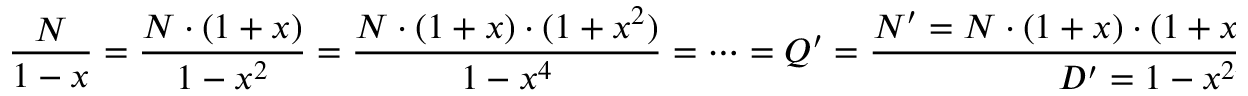
{ \frac { N } { 1 - x } } = { \frac { N \cdot ( 1 + x ) } { 1 - x ^ { 2 } } } = { \frac { N \cdot ( 1 + x ) \cdot ( 1 + x ^ { 2 } ) } { 1 - x ^ { 4 } } } = \cdots = Q ^ { \prime } = { \frac { N ^ { \prime } = N \cdot ( 1 + x ) \cdot ( 1 + x ^ { 2 } ) \cdot \cdot \cdot ( 1 + x ^ { 2 ^ { ( n - 1 ) } } ) } { D ^ { \prime } = 1 - x ^ { 2 ^ { n } } \approx 1 } }